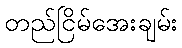
တည်ငြိမ်အေးချမ်း